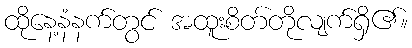
ထိုနေ့နံနက်တွင် အထူးစိတ်တိုလျက်ရှိ၏။